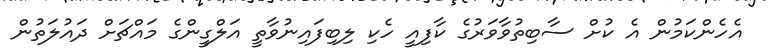
އެހެންކަމުން އެ ކުށް ސާބިތުވާވަރުގެ ކާފިއީ ހެކި ލިބިފައިނުވާތީ އަލްގީންގެ މައްޗަށް ދައުލަތުން